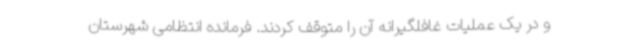
و در یک عملیات غافلگیرانه آن را متوقف کردند. فرمانده انتظامی شهرستان